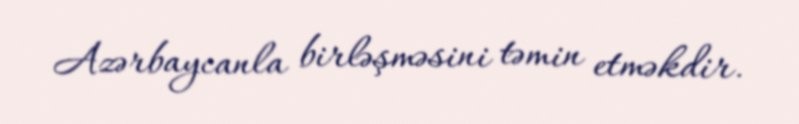
Azərbaycanla birləşməsini təmin etməkdir.